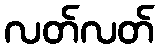
လတ်လတ်